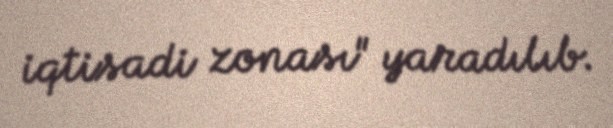
iqtisadi zonası" yaradılıb.